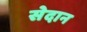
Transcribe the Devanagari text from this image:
सेदान